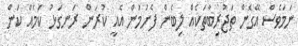
ނަމަވެސް އޭގެން ތަޖުރިބާތަކެއް ލިބެން ފެށުމުން އެއީ ކުރަން ރަނގަޅު ކަމެއް ކަން